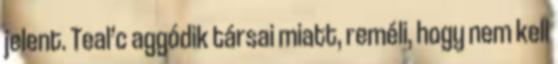
jelent. Teal’c aggódik társai miatt, reméli, hogy nem kell